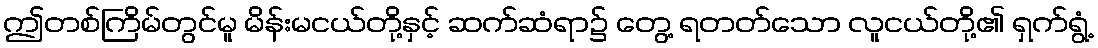
ဤတစ်ကြိမ်တွင်မူ မိန်းမငယ်တို့နှင့် ဆက်ဆံရာ၌ တွေ့ ရတတ်သော လူငယ်တို့၏ ရှက်ရွံ့